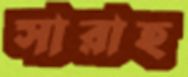
সারাহ